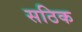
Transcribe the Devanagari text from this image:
सठिक